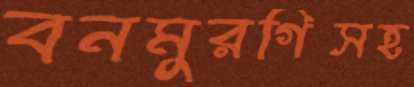
বনমুরগিসহ